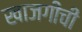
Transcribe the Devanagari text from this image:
खाजगीची